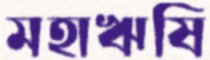
মহাঋষি